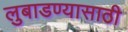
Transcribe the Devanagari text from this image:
लुबाडण्यासाठी